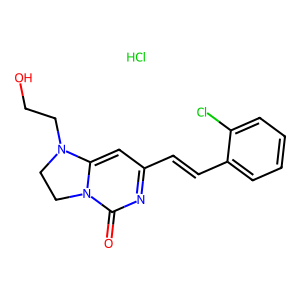
SMILES: Cl.O=c1nc(C=Cc2ccccc2Cl)cc2n1CCN2CCO
Inhibits HIV replication: No